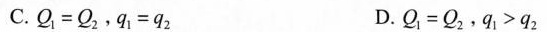
C.$$Q{ 1 } = Q{ 2}$$,$$q{ 1 } = q{ 2 }$$ D.$$Q{ 1 } = Q{ 2}$$,$$q{ 1 } > q{ 2 }$$